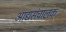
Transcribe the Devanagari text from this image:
आद्यसंचालक